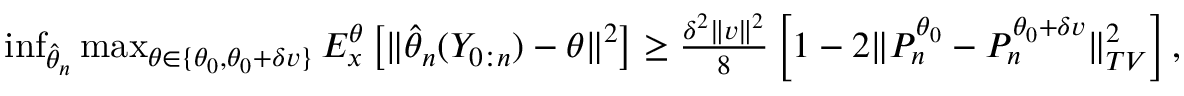
\begin{array} { r } { \operatorname* { i n f } _ { \hat { \theta } _ { n } } \operatorname* { m a x } _ { \theta \in \{ \theta _ { 0 } , \theta _ { 0 } + \delta v \} } E _ { x } ^ { \theta } \left[ \Vert \hat { \theta } _ { n } ( Y _ { 0 : n } ) - \theta \Vert ^ { 2 } \right] \geq \frac { \delta ^ { 2 } \Vert v \Vert ^ { 2 } } { 8 } \left[ 1 - 2 \Vert P _ { n } ^ { \theta _ { 0 } } - P _ { n } ^ { \theta _ { 0 } + \delta v } \Vert _ { T V } ^ { 2 } \right] , } \end{array}